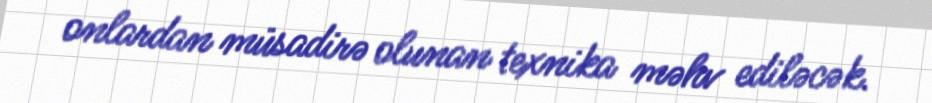
onlardan müsadirə olunan texnika məhv ediləcək.